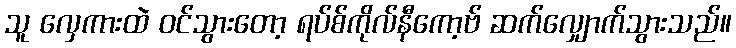
သူ လှေကားထဲ ဝင်သွားတော့ ရပ်စ်ကိုလ်နီကော့ဗ် ဆက်လျှောက်သွားသည်။